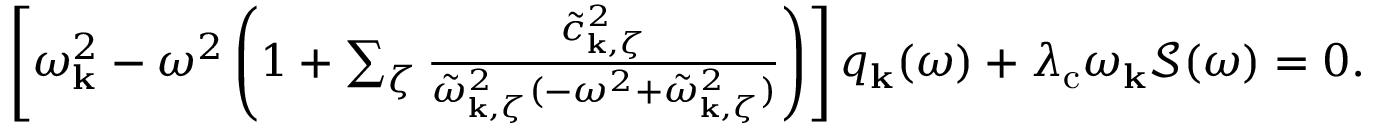
\begin{array} { r } { \left[ \omega _ { \mathbf { k } } ^ { 2 } - \omega ^ { 2 } \left( 1 + \sum _ { \zeta } \frac { \tilde { c } _ { \mathbf { k } , \zeta } ^ { 2 } } { \tilde { \omega } _ { \mathbf { k } , \zeta } ^ { 2 } ( - \omega ^ { 2 } + \tilde { \omega } _ { \mathbf { k } , \zeta } ^ { 2 } ) } \right) \right] q _ { \mathrm { \mathbf { k } } } ( \omega ) + \lambda _ { \mathrm { c } } \omega _ { \mathbf { k } } \mathcal { S } ( \omega ) = 0 . } \end{array}